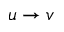
u \rightarrow v